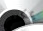
يمكنني